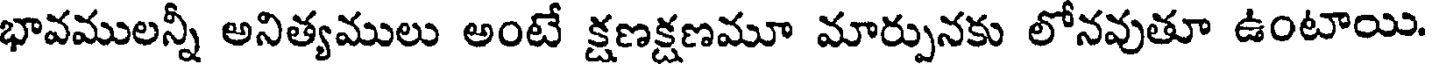
భావములన్నీ అనిత్యములు అంటే క్షణక్షణమూ మార్పునకు లోనవుతూ ఉంటాయి.